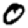
Digit: 0